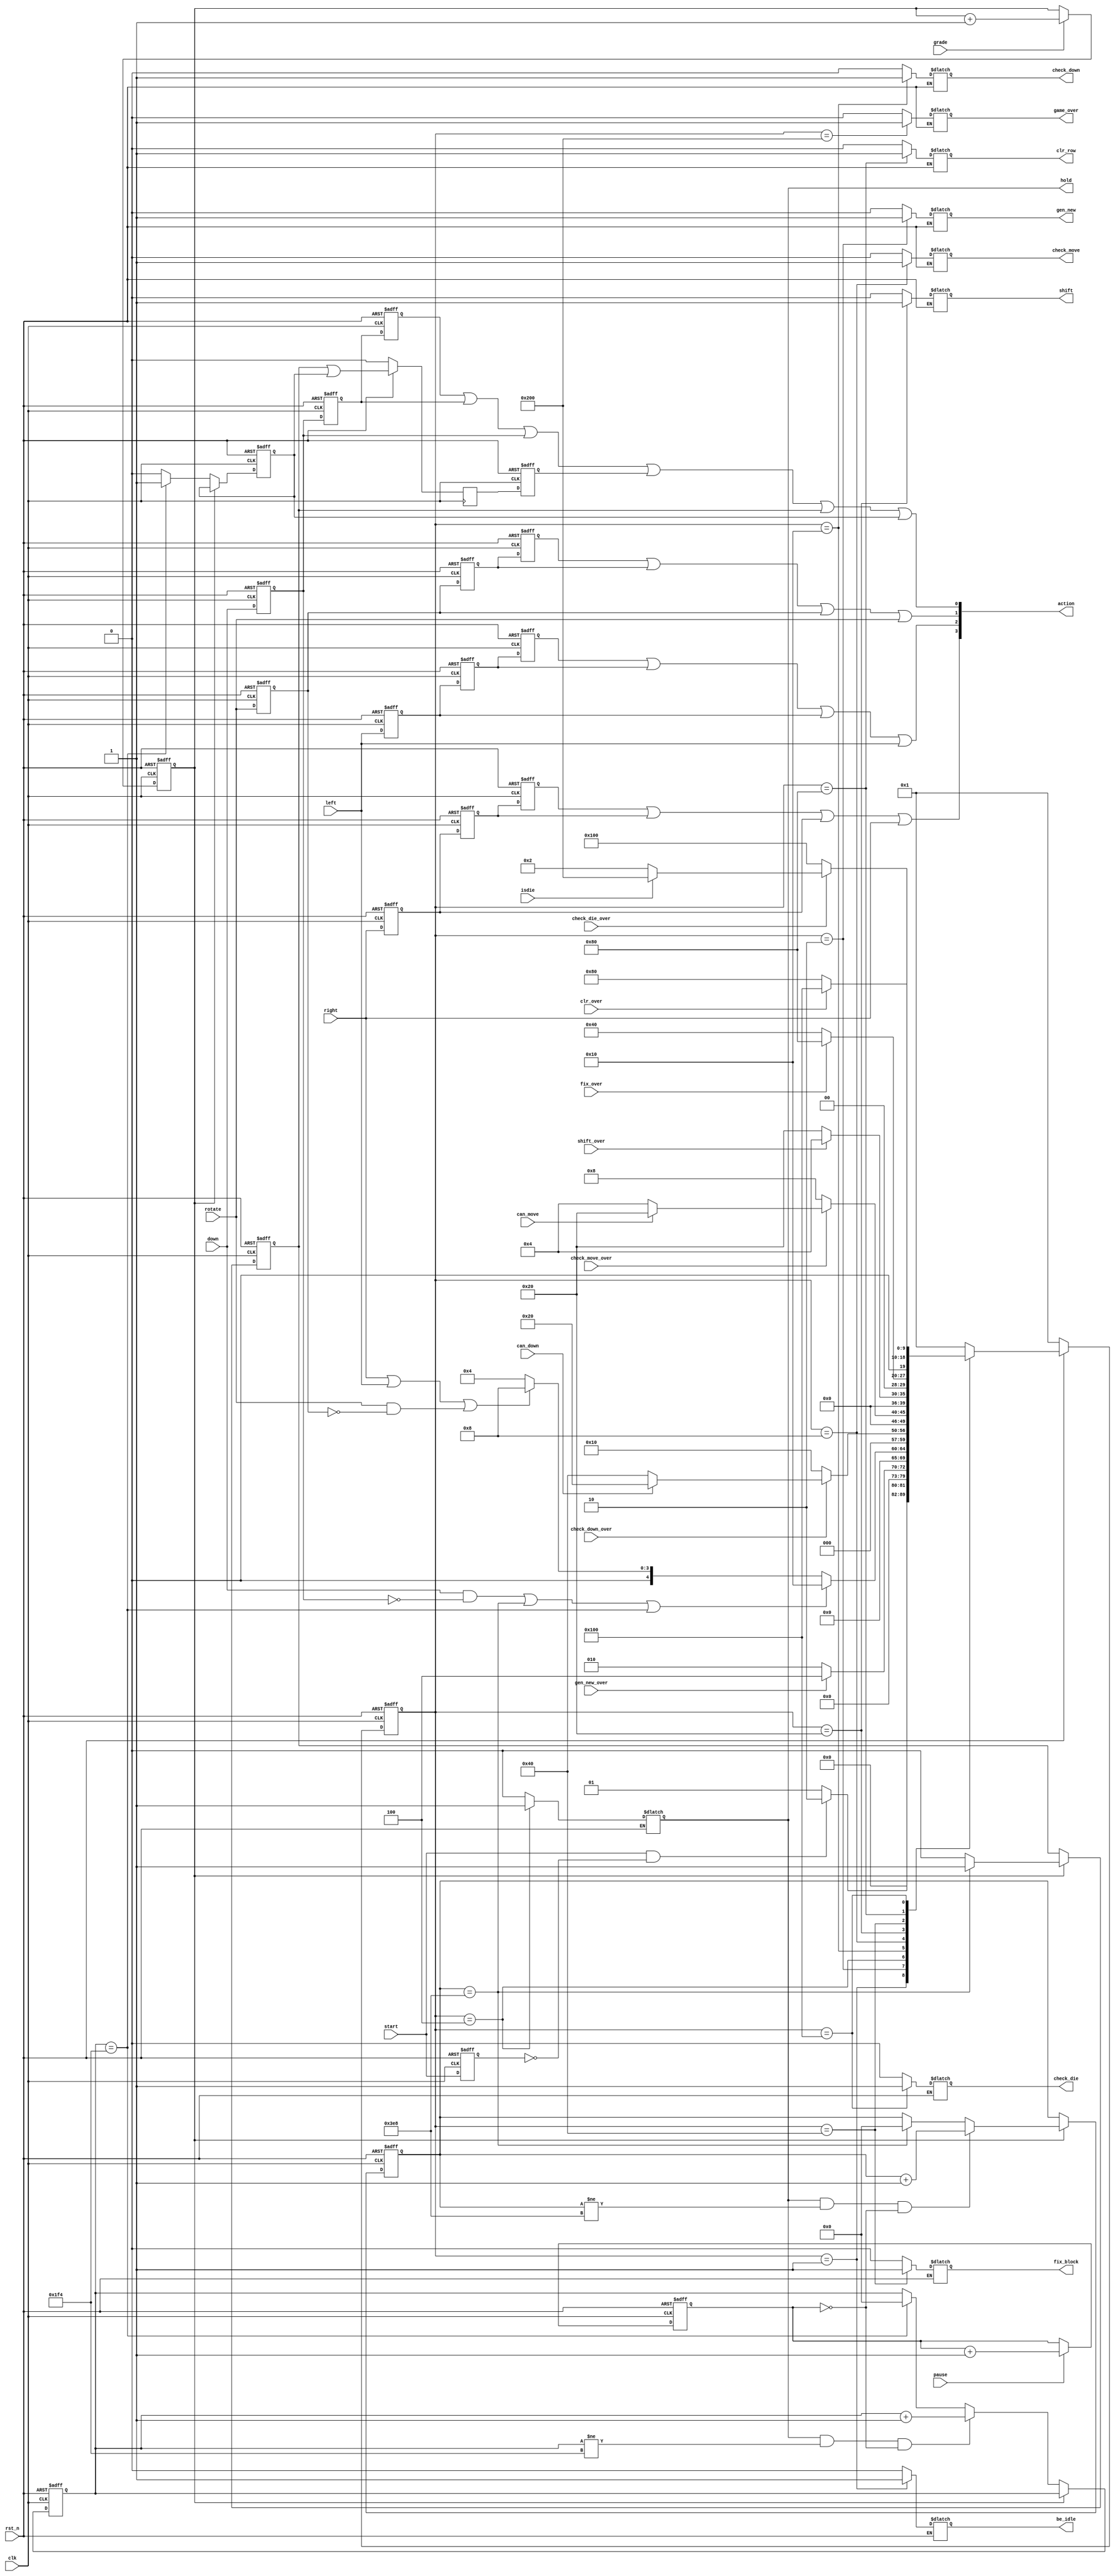
module control_2section(
	//输入信号
	input clk,
	input rst_n,
	input start,
	input pause,
	input grade,
	input right,
	input left,
	input down,
	input rotate,
	input gen_new_over,
	input check_down_over,
	input check_move_over,
	input check_die_over,
	input shift_over,
	input fix_over,

	input can_move,
	input can_down,
	input clr_over,
	input isdie,
	//输出信号
	output [3:0]action,
	output reg gen_new,
	output reg hold,
	output reg check_move,
	output reg check_down,
	output reg shift,
	output reg fix_block,
	output reg clr_row,
	output reg check_die,
	output reg game_over,
	output reg be_idle
);
	
//--------------------------------------------------//
//------------------状态编码，采用独热码---------------//
//--------------------------------------------------//	
	//
	parameter s_idle=10'b0000000001,
				s_gen_new=10'b0000000010,
				s_hold=10'b0000000100,
				s_check_move=10'b0000001000,
				s_check_down=10'b0000010000,
				s_shift=10'b0000100000,
				s_fix_block=10'b0001000000,
				s_clr_row=10'b0010000000,
				s_check_die=10'b0100000000,
				s_game_over=10'b1000000000;
			
	reg [9:0]next_state;
	reg [9:0]state;

//--------------------------------------------------//
//--------------------暂停功能的实现------------------//
//--------------------------------------------------//	
	
	reg pause_cnt;
	initial
	begin
	pause_cnt=0;
	end
	always@(posedge clk,negedge rst_n)
	begin
	if(~rst_n) pause_cnt=0;
	else if(pause==1)
		pause_cnt=pause_cnt+1'b1;
	else pause_cnt=pause_cnt;
	end

//--------------------------------------------------//
//--------------------分等级的实现--------------------//
//--------------------------------------------------//
	
	reg grade_cnt;
	initial
	begin
	grade_cnt=0;
	end
	always@(posedge clk,negedge rst_n)
	begin
	if(~rst_n) grade_cnt=0;
	else if(grade==1)
		grade_cnt=grade_cnt+1'b1;
	else grade_cnt=grade_cnt;
	end
	
	always@(posedge clk,negedge rst_n)
	begin
	if(!rst_n)
	begin
	cnt_down1<=0;
	native_down_reg_1<=0;
	cnt_down2<=0;
	native_down_reg_2<=0;
	end
	else 	if(grade_cnt==1)
			begin 		
				begin
					
					if(hold==1&&cnt_down1!=go_down1&&pause_cnt==0)
							begin
								cnt_down1<=cnt_down1+1'b1;
							end
					else if(cnt_down1==go_down1)//
							begin
								cnt_down1<=0;
							end
					else cnt_down1<=cnt_down1;
				end
				
					if(cnt_down1==go_down1)
					begin
						native_down_reg_1<=1;
					end
					else native_down_reg_1<=0;
			end
	else 
		
			begin 
			
			if(hold==1&&cnt_down2!=go_down2&&pause_cnt==0)
					begin
						cnt_down2<=cnt_down2+1'b1;
					end
			else if(cnt_down2==go_down2)//
					begin
						cnt_down2<=0;
					end
			else cnt_down2<=cnt_down2;
			
			if(cnt_down2==go_down2)
				begin
				native_down_reg_2<=1;
				end
			else native_down_reg_2<=0;
				
			end
	end
	
//--------------------------------------------------//
//-----按键输入信号延时，以保证控制模块完成一系列动作-------//
//--------------------------------------------------//	
	//
	reg right_reg;
	reg left_reg;
	reg rotate_reg;
	reg down_reg;
	reg start_reg;
	
	reg right_reg_2;
	reg left_reg_2;
	reg rotate_reg_2;
	reg down_reg_2;
	
	
	reg right_reg_3;
	reg left_reg_3;
	reg rotate_reg_3;
	reg down_reg_3;
	always@(posedge clk,negedge rst_n)
	begin 
	if(!rst_n)
	begin
		start_reg<=0;
		right_reg<=0;
		left_reg<=0;
		rotate_reg<=0;
		down_reg<=0;
	end
	else
	begin
		start_reg<=start;
		right_reg<=right;
		left_reg<=left;
		rotate_reg<=rotate;
		down_reg<=down;
	end
	end
	always@(posedge clk,negedge rst_n)
	begin 
	if(!rst_n)
	begin
		right_reg_2<=0;
		left_reg_2<=0;
		rotate_reg_2<=0;
		down_reg_2<=0;
	end
	else
	begin
		right_reg_2<=right_reg;
		left_reg_2<=left_reg;
		rotate_reg_2<=rotate_reg;
		down_reg_2<=down_reg;
	end
	end
	always@(posedge clk,negedge rst_n)
	begin 
	if(!rst_n)
	begin
		right_reg_3<=0;
		left_reg_3<=0;
		rotate_reg_3<=0;
		down_reg_3<=0;
	end
	else
	begin
		right_reg_3<=right_reg_2;
		left_reg_3<=left_reg_2;
		rotate_reg_3<=rotate_reg_2;
		down_reg_3<=down_reg_2;
	end
	end
	
//--------------------------------------------------//
//--------------------状态更新-----------------------//
//--------------------------------------------------//
	
	//
	always@(posedge clk,negedge rst_n)
	begin
	if(!rst_n)
		state<=s_idle;
	else state<=next_state;
	end

	always@(*)
	begin
	if(!rst_n)
		next_state=s_idle;
	else 
	begin
		next_state=s_idle;
		be_idle=0;
		gen_new=0;
		hold=0;
		check_down=0;
		check_move=0;
		check_die=0;
		shift=0;
		fix_block=0;
		clr_row=0;
		game_over=0;
		case(state)
		s_idle:
			begin
			be_idle=1;
			if(start==1&&start_reg==0)
			begin
				next_state=s_gen_new;
			end
			else 
			begin 
				next_state=s_idle;
			end
			end
		s_gen_new:
			begin
			gen_new=1;
			if(gen_new_over==1)
				next_state=s_hold;
			else next_state=s_gen_new;
			end
		s_hold:
		begin
			hold=1;
//			if((down==1&&down_reg==0)||(cnt_down1==go_down1&&grade_cnt==0)||(cnt_down2==go_down2&&grade_cnt==1))
			if((down==1&&down_reg==0)||(cnt_down1==go_down1)||(cnt_down2==go_down2))
			begin
				next_state=s_check_down;
			end
			else if((right==1)||(left==1)||(rotate==1&&rotate_reg==0))
			begin
				next_state=s_check_move;
			end	
			else next_state=s_hold;
		end
		s_check_down:
			begin
			check_down=1;
			if(check_down_over==0)
				begin
					next_state=s_check_down;
				end
			else if(can_down==1)
				begin
					next_state=s_shift;
				end
			else 
				begin next_state=s_fix_block;end
			end
		s_check_move:
			begin
			check_move=1;
			if(check_move_over==0)
			begin
				next_state=s_check_move;
			end
			else if(can_move==1)
				begin
					next_state=s_shift;
				end
			else begin next_state=s_hold; end
			end
		s_shift:
			begin
			shift=1;
			if(shift_over==1)
				begin
				next_state=s_hold;
				end
			else next_state=s_shift;
			end
		s_fix_block:
			begin
			fix_block=1;
			if(fix_over==0)
			begin
				next_state=s_fix_block;
			end
			else begin next_state=s_clr_row;end
			end
		s_clr_row:
			begin
			clr_row=1;
			if(clr_over==1)
				begin
				next_state=s_check_die;
				end
			else begin next_state=s_clr_row; end
			end
		s_check_die:
			begin
			check_die=1;
			if(check_die_over==0)
				begin
				next_state=s_check_die;
				end
			else if(isdie==1)
				begin
				next_state=s_game_over;
				end
			else begin next_state=s_gen_new;end
			end
		s_game_over:
			begin
			game_over=1;
			next_state=s_idle;
			end
		default:begin next_state=s_idle;end
		endcase
	end
	end

	
//--------------------------------------------------//
//----------------自然下落信号的产生与延时--------------//
//--------------------------------------------------//	
	//
	reg native_down;
	reg [9:0]cnt_down1;
	reg [9:0]cnt_down2;
	parameter go_down1=10'd1000;
	parameter go_down2=10'd500;

	
	reg native_down_reg2;
	reg native_down_reg_1;
	reg native_down_reg_2;

	
	always@(posedge clk)
		begin
		if(!rst_n)
			native_down_reg2<=0;
		else native_down_reg2<=native_down_reg_1|native_down_reg_2;//native_down delay one clock ,native_down_reg ;
	end
	
	always@(posedge clk,negedge rst_n)
		begin
			if(!rst_n)
				native_down<=0;
			else native_down<=native_down_reg2;//native_down delay one clock ,native_down_reg ;
	end

	
//--------------------------------------------------//
//--将右移/左移/旋转/下落的动作信息打包传给datapath模块----//
//--------------------------------------------------//	
	//
	assign action={right_reg_3|right_reg_2|right_reg|right,left_reg_3|left_reg_2|left_reg|left,rotate_reg_3|rotate_reg_2|rotate_reg|rotate,down_reg_3|down_reg_2|down_reg|native_down|native_down_reg_1|native_down_reg_2};
endmodule